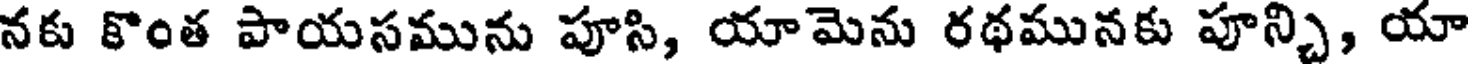
నకు కొంత పాయసమును పూసి, యామెను రథమునకు పూన్చి, యా